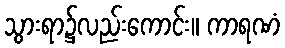
သွားရာ၌လည်းကောင်း။ ကာရဏံ